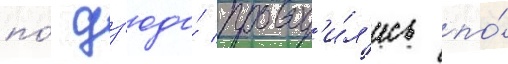
по́ дз'юдо́ провод'и́л'ись по́